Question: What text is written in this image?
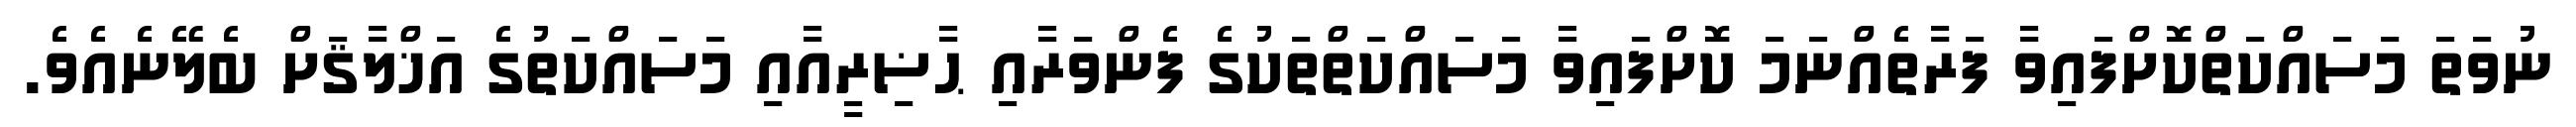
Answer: ނުވަތަ މަސައްކަތްކޮށްފައިވާ ފަރާތެއްނަމަ ކޮށްފައިވާ މަސައްކަތްތަކުގެ ފެންވަރާއި ޙާޟިރީއާއި މަސައްކަތުގެ އަޚްލާޤަށް ބެލޭނެއެވެ.